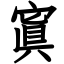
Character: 寘